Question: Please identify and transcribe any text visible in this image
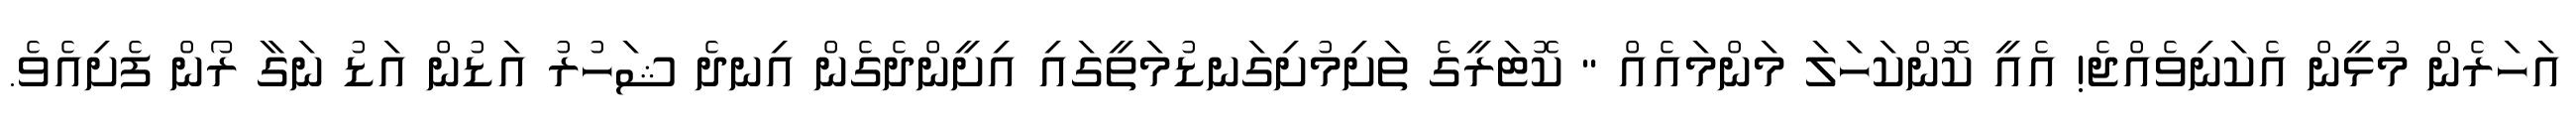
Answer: އަހަރެން މުޅީން އެކަނިވެއްޖެ! އެއީ ކޮންކަހަލަ މަންމައެއް " ކޮޓަރީގެ ތަށިމުށިގަނޑުމަތީގައި އިށީންދެގެން އިނދެ ޝަހުރު އަޑުން އަޑު ނަގާ ރޯން ފެށިއެވެ.